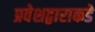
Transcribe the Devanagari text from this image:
प्रवेशद्वाराकडे